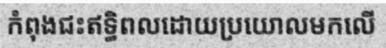
កំពុងជះឥទ្ធិពលដោយប្រយោលមកលើ